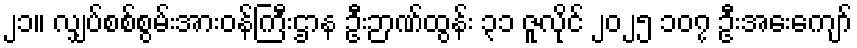
၂၁။ လျှပ်စစ်စွမ်းအားဝန်ကြီးဌာန ဦးဉာဏ်ထွန်း ၃၁ ဇူလိုင် ၂၀၂၅ ၁၀၇ ဦးအေးကျော်